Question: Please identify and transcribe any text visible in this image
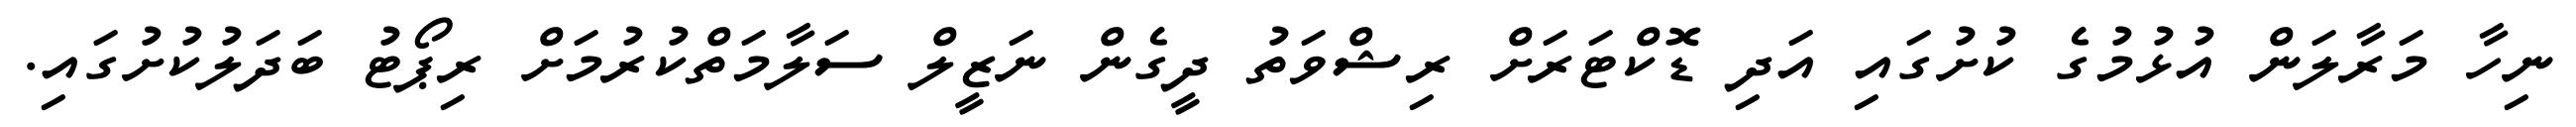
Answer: ނިހާ މަރާލަން އުޅުމުގެ ކުށުގައި އަދި ޑޮކްޓަރަށް ރިޝްވަތު ދީގެން ނަޒީލް ސަލާމަތްކުރުމަށް ރިޕޯޓު ބަދަލުކުށުގައި.